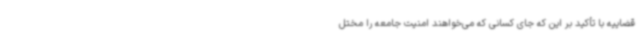
قضاییه با تأکید بر این که جای کسانی که می‌خواهند امنیت جامعه را مختل